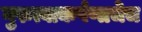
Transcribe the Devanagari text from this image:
गुरुत्वाकर्षणाचेच